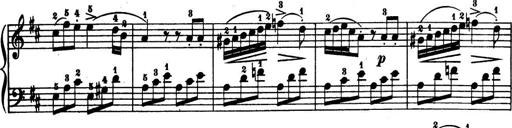
Title: 32 Sonatinas and Rondos for the Piano
Composer: Richard Kleinmichel